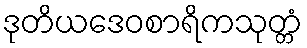
ဒုတိယဒေဝစာရိကသုတ္တံ